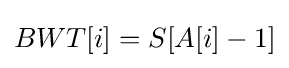
BWT[i]=S[A[i]-1]